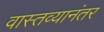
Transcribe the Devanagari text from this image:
वास्तव्यानंतर